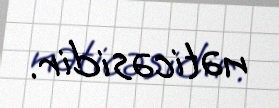
nəticəsidir.